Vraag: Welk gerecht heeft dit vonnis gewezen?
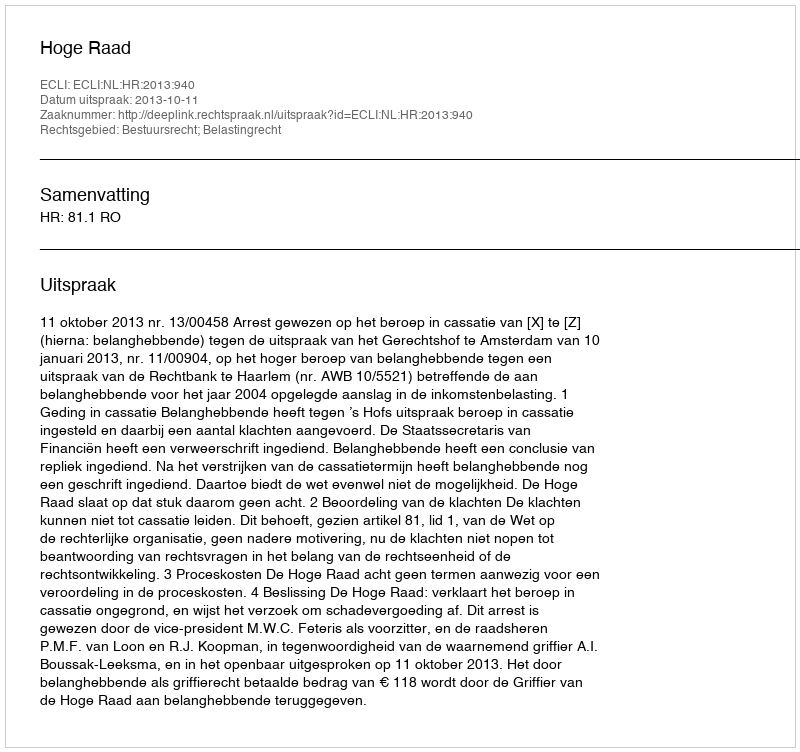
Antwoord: Hoge Raad